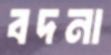
বদনা